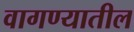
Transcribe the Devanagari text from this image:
वागण्यातील